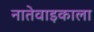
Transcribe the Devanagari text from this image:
नातेवाइकाला